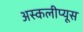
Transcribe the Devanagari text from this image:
अस्कलीप्यूस